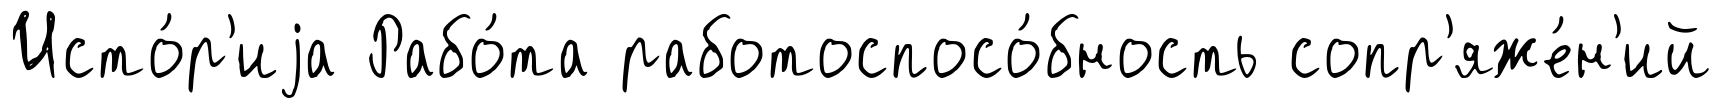
Исто́р'иjа Рабо́та работоспосо́бность сопр'яже́н'ий